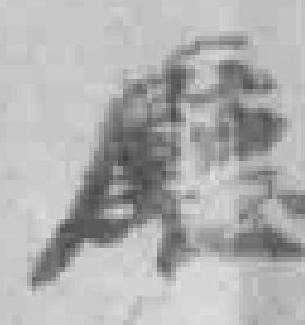
廳